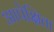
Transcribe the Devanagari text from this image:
आपेक्षिता